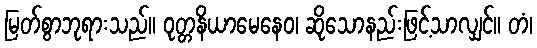
မြတ်စွာဘုရားသည်။ ဝုတ္တနိယာမေနေဝ၊ ဆိုသောနည်းဖြင့်သာလျှင်။ တံ၊